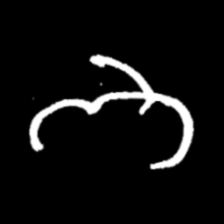
Pyu character \u2014 Myanmar letter: ဘ (romanized: bha)